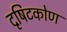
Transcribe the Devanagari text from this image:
दृषिटकोण